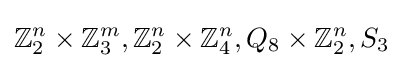
\mathbb {Z} _{2}^{n}\times \mathbb {Z} _{3}^{m},\mathbb {Z} _{2}^{n}\times \mathbb {Z} _{4}^{n},Q_{8}\times \mathbb {Z} _{2}^{n},S_{3}